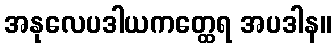
အနုလေပဒါယကတ္ထေရ အပဒါန။